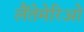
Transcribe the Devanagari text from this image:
लैंतेमेरिओ